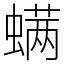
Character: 螨